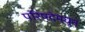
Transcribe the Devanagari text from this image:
परिषदेमधून